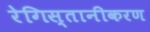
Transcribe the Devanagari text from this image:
रेगिस्तानीकरण